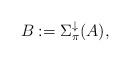
LaTeX: \begin{align*}B := \Sigma^\downarrow_\pi(A),\end{align*}